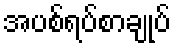
အပစ်ရပ်စာချုပ်